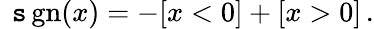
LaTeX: \ \operatorname{\mathtt{s}gn}(x)=-[x<0]+[x>0]\, .